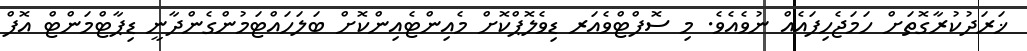
ޚަރަދުކުރާގޮތަށް ހަމަޖެހިފައެއް ނުވެއެވެ. މި ސޮފްޓްވެއަރ ޑިވެލޮޕްކޮށް މެއިންޓެއިންކޮށް ބަލަހައްޓަމުންގެންދާނީ ޑިޕާޓްމަންޓް އޮފް